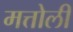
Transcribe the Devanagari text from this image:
मत्तोली